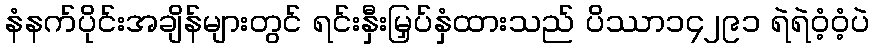
နံနက်ပိုင်းအချိန်များတွင် ရင်းနှီးမြှပ်နှံထားသည် ပိဿာ၁၄၂၉၁ ရဲရဲဝံ့ဝံ့ပဲ